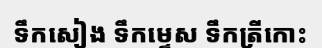
ទឹកសៀង ទឹកម្ទេស ទឹកត្រីកោះ